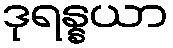
ဒုရန္နယာ